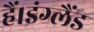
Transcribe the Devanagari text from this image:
हैं।इंग्लैंड